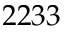
2 2 3 3